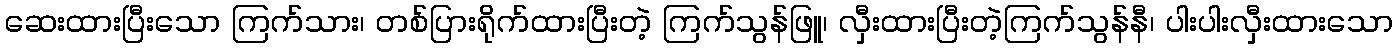
ဆေးထားပြီးသော ကြက်သား၊ တစ်ပြားရိုက်ထားပြီးတဲ့ ကြက်သွန်ဖြူ၊ လှီးထားပြီးတဲ့ကြက်သွန်နီ၊ ပါးပါးလှီးထားသော